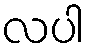
လပါ